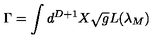
\Gamma = \Huge \int \large d ^ { D + 1 } X \sqrt { g } L ( { \lambda } _ { M } )